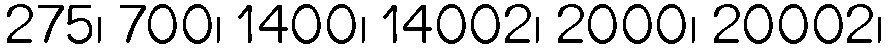
275၊ 700၊ 1400၊ 14002၊ 2000၊ 20002၊